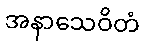
အနာသေဝိတံ